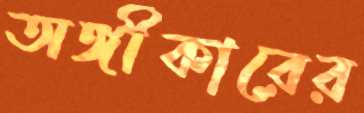
অঙ্গীকারের